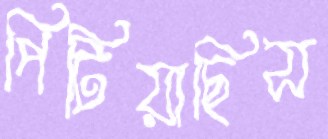
পিটিয়াছিস